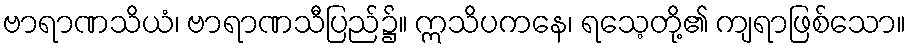
ဗာရာဏသိယံ၊ ဗာရာဏသီပြည်၌။ ဣသိပကနေ၊ ရသေ့တို့၏ ကျရာဖြစ်သော။